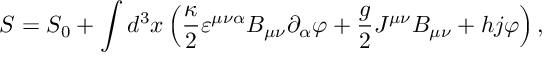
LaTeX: S = S _ { 0 } + \int d ^ { 3 } x \left( \frac \kappa 2 \varepsilon ^ { \mu \nu \alpha } B _ { \mu \nu } \partial _ { \alpha } \varphi + \frac g 2 J ^ { \mu \nu } B _ { \mu \nu } + h j \varphi \right) ,